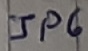
Text: JP6